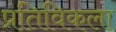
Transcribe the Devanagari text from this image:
प्रतिविकला